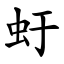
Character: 虶